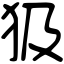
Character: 𤜯